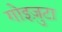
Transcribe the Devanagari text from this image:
गोइज़ुटा